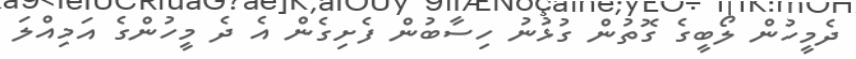
ދެމީހުން ލޯބީގެ ގޮތުން ގުޅުނު ހިސާބުން ފެށިގެން އެ ދެ މީހުންގެ އަމިއްލަ